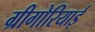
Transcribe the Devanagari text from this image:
ग्रीगोरियाई